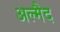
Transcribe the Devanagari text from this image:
अल्मैद